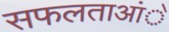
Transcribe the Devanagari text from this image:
सफलताआंे